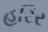
હરિર